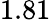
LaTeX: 1.81